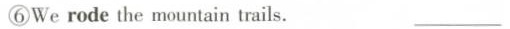
⑥We rode the mountain trails. ___